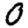
Digit: 0